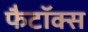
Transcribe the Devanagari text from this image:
फैटॉक्स